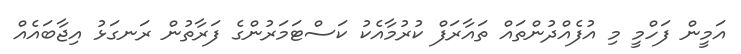
އަމީން ފަހްމީ މި އުފެއްދުންތައް ތައާރަފް ކުރުމާއެކު ކަސްޓަމަރުންގެ ފަރާތުން ރަނގަޅު އިޖާބައެއް